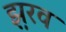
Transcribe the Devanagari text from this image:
झ़रव